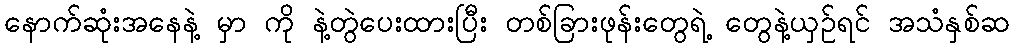
နောက်ဆုံးအနေနဲ့ မှာ ကို နဲ့တွဲပေးထားပြီး တစ်ခြားဖုန်းတွေရဲ့ တွေနဲ့ယှဉ်ရင် အသံနှစ်ဆ